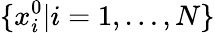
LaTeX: \{ x_{i}^{0}|i=1,\dots,N\}